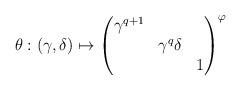
LaTeX: \begin{align*}\theta:(\gamma,\delta)\mapsto\begin{pmatrix}\gamma^{q+1}&&\\&\gamma^q\delta&\\&&1\end{pmatrix}^\varphi\end{align*}